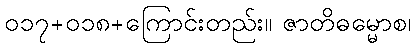
၀၁၇+၀၁၈+ကြောင်းတည်း။ ဇာတိဓမ္မောစ၊